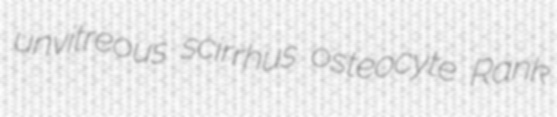
unvitreous scirrhus osteocyte Rank